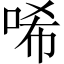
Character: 唏